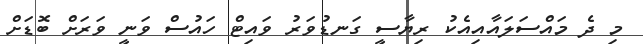
މި ދެ މައްސަލައާއިއެކު ރިޔާސީ ގަނޑުވަރު ވައިޓް ހައުސް ވަނީ ވަަރަށް ބޮޑަށް